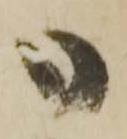
御